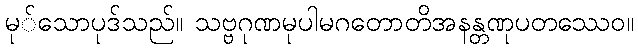
မု်သောပုဒ်သည်။ သဗ္ဗဂုဏမုပါမဂတောတိအနန္တဏုပတဿေဝ။